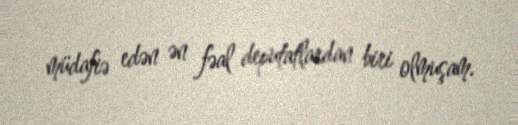
müdafiə edən ən fəal deputatlardan biri olmuşam.